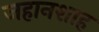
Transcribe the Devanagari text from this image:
जहानशाह